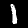
Label: 1